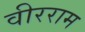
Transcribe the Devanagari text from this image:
वीरराम